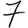
Digit: 7